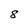
Character: 8